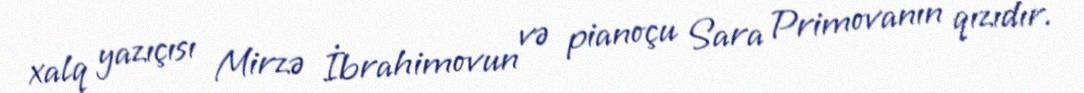
xalq yazıçısı Mirzə İbrahimovun və pianoçu Sara Primovanın qızıdır.